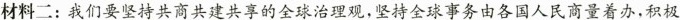
材料二：我们要坚持共商共建共享的全球治理观，坚持全球事务由各国人民商量着办，积极